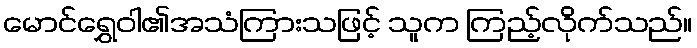
မောင်ရွှေဝါ၏အသံကြားသဖြင့် သူက ကြည့်လိုက်သည်။